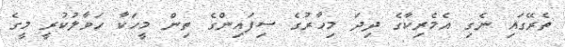
ތެރޭގައި ނެގި އެމެރިކާގެ ދިދަ މިހާރުގެ ސިފައިންގެ ތިން މީހަކާ ހަވާލުކުރީ މީގެ